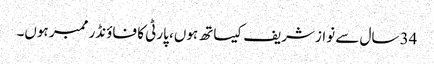
34 سال سے نوازشریف کیساتھ ہوں، پارٹی کا فاؤنڈر ممبر ہوں۔